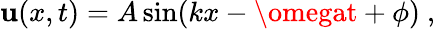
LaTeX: \mathbf{u}(x,t)=A\sin(kx-\omegat+\phi)\ ,